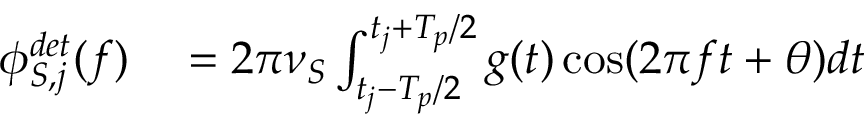
\begin{array} { r l } { \phi _ { S , j } ^ { d e t } ( f ) } & { { } = 2 \pi \nu _ { S } \int _ { t _ { j } - T _ { p } / 2 } ^ { t _ { j } + T _ { p } / 2 } g ( t ) \cos ( 2 \pi f t + \theta ) d t } \end{array}